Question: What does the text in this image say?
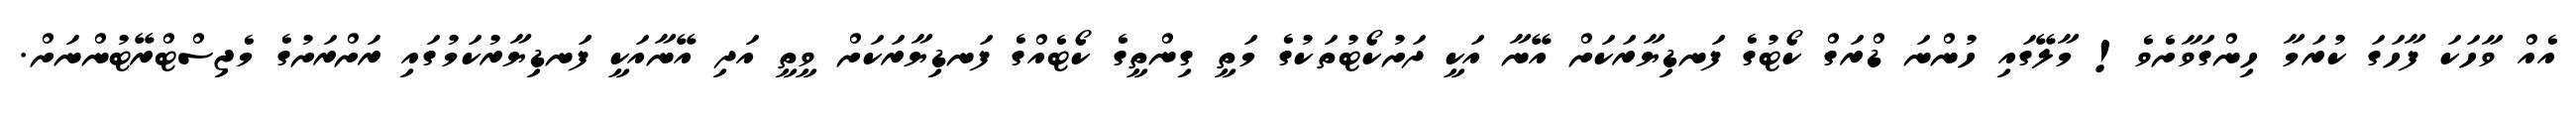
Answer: އެއް ވާހަކަ ފާހަގަ ކުރަމާ ހިންގަވާށެވެ! މާލޭގައި ހުންނަ ޑްރަގް ކޯޓުގެ ފަނޑިޔާރަކަށް އޭނާ އަކީ ދަށުކޯޓުތަކުގެ މަތީ ގިންތީގެ ކޯޓެއްގެ ފަނޑިޔާރަކަށް ވީތީ އަދި އޭނާއަކީ ފަނޑިޔާރުކަމުގައި ރަށްރަށުގެ މެޖިސްޓްރޭޓުންނަށް.